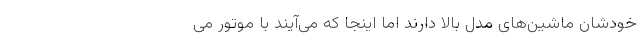
خودشان ماشین‌های مدل بالا دارند اما اینجا که می‌آیند با موتور می‌